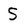
Character: S